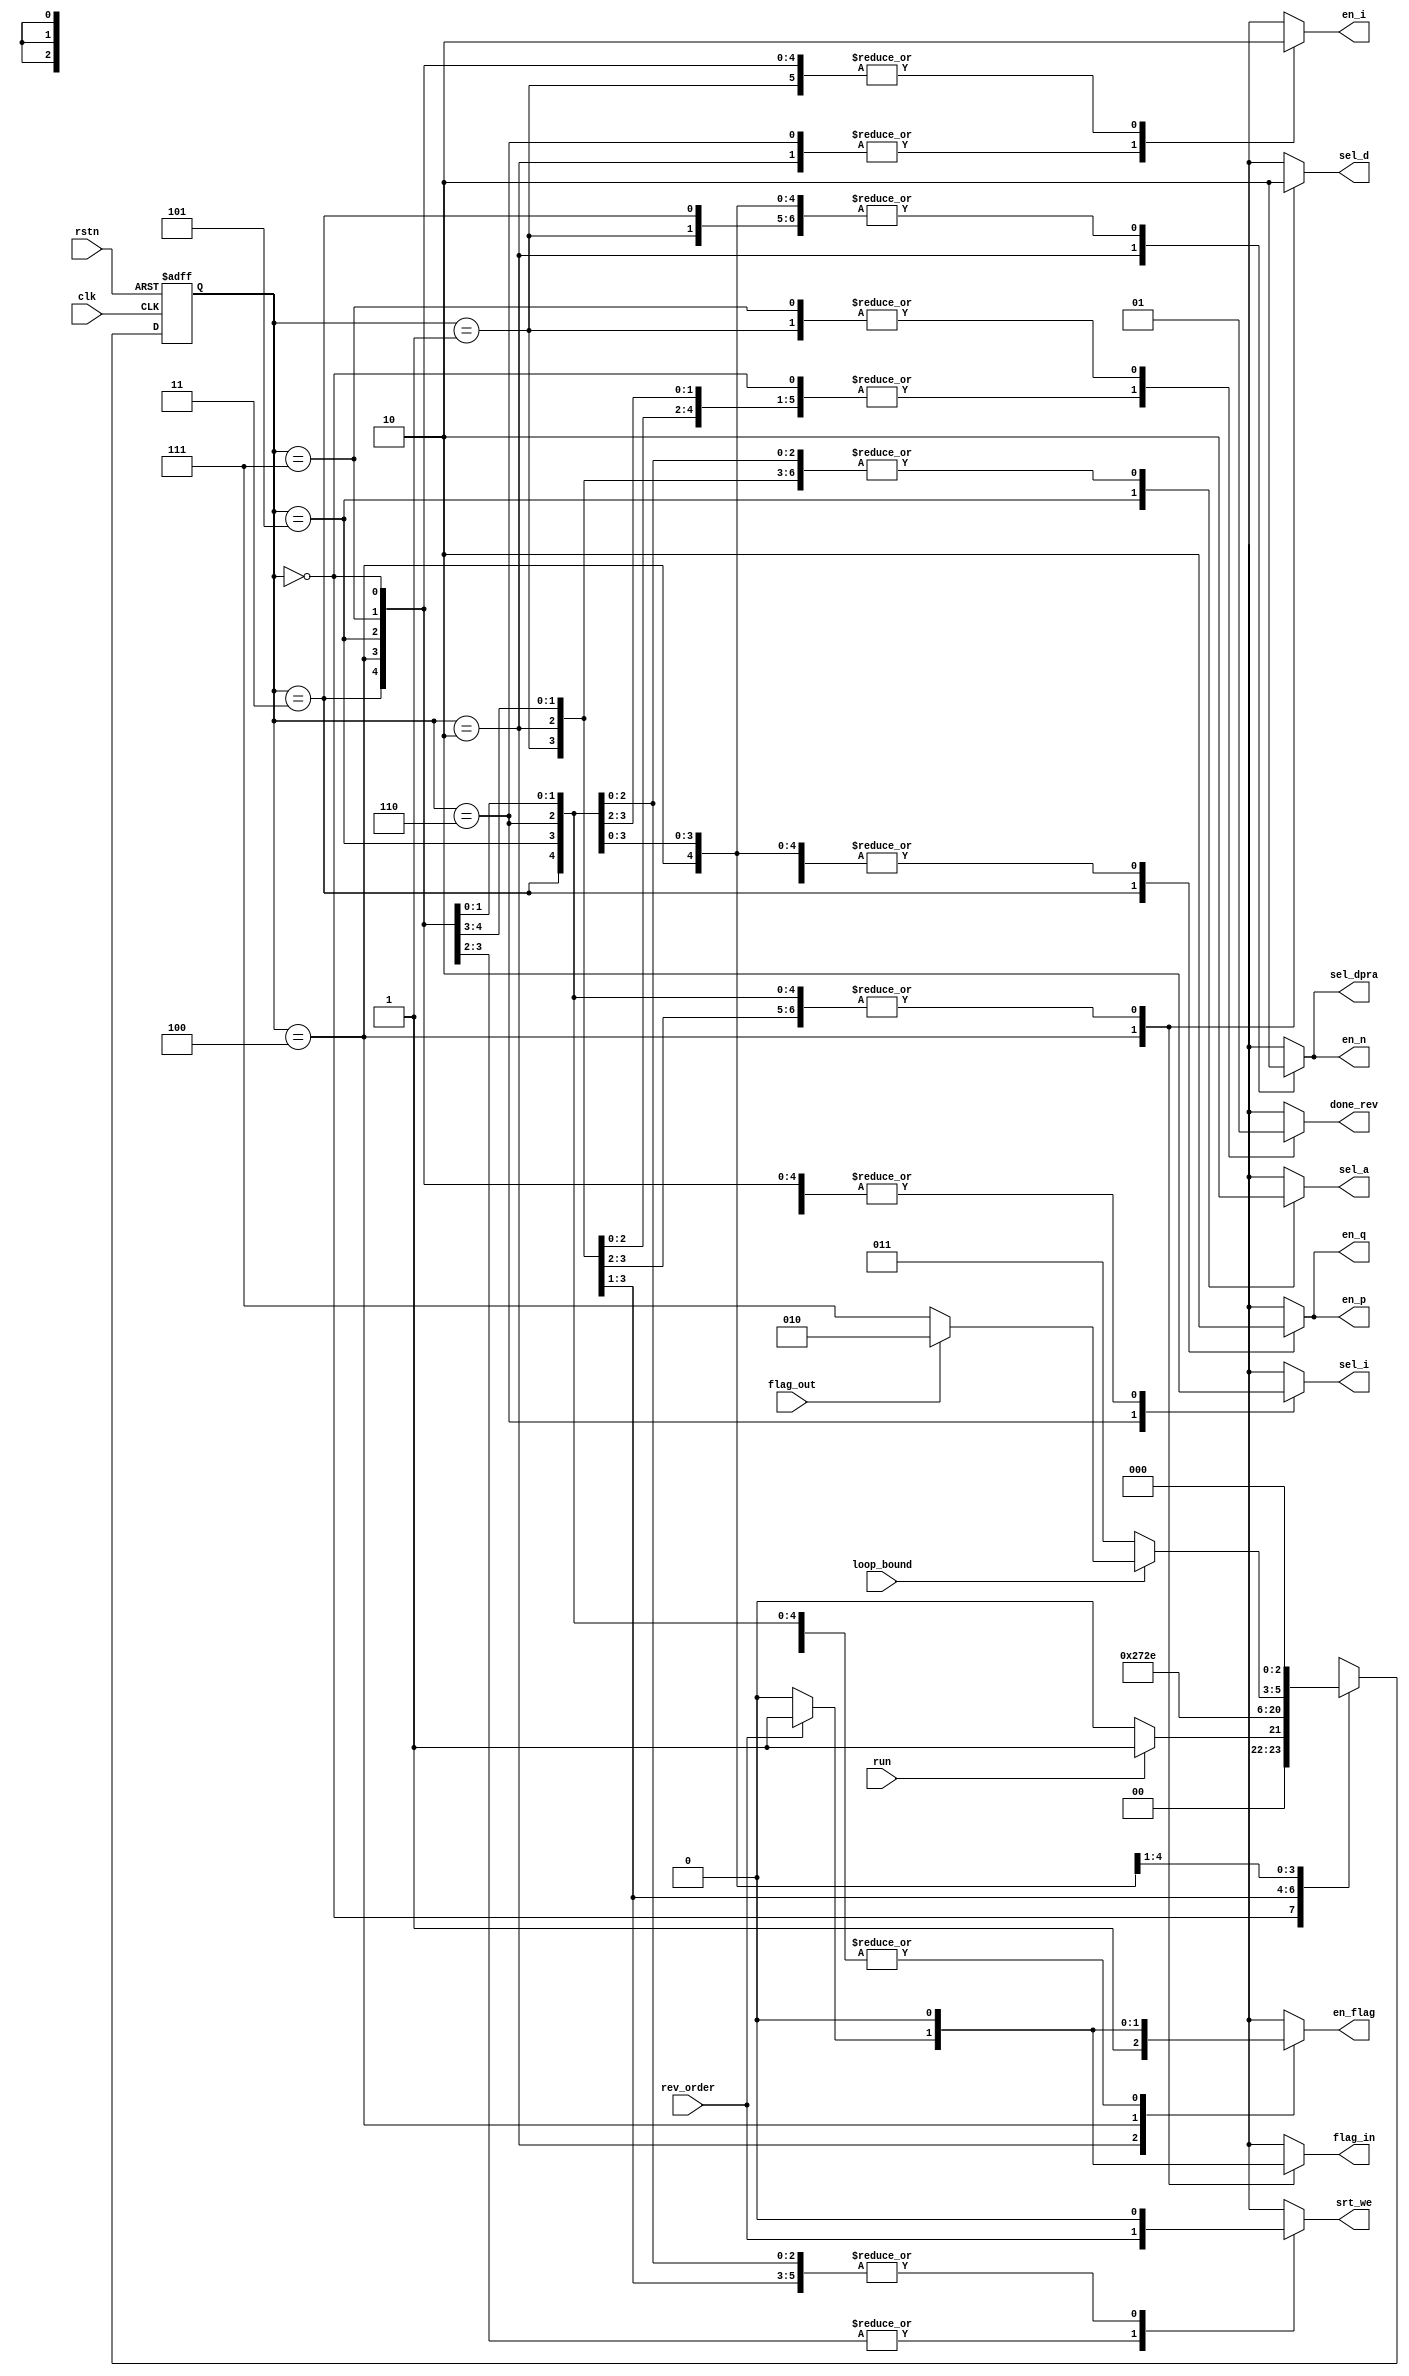
`timescale 1ns / 1ps
//////////////////////////////////////////////////////////////////////////////////
// Company: 
// Engineer: 
// 
// Design Name: 
// Module Name: control_unit
// Project Name: 
// Target Devices: 
// Tool Versions: 
// Description: 
// 
// Dependencies:
// 
// Revision:
// Revision 0.01 - File Created
// Additional Comments:
// 
//////////////////////////////////////////////////////////////////////////////////


module control_unit(
    input  clk, rstn, run,
    input  loop_bound, rev_order, flag_out,
    output reg sel_dpra, en_n,
    output reg en_flag, flag_in,
    output reg en_i, sel_i,
    output reg sel_a,
    output reg en_p, en_q,
    output reg sel_d,
    output reg srt_we,
    output reg done_rev
    );

    reg [2:0] cs, ns;

    parameter S0 = 3'd0, S1 = 3'd1, S2 = 3'd2, S3 = 3'd3, S4 = 3'd4, S5 = 3'd5, S6 = 3'd6, S7 = 3'd7;

    always @(posedge clk, negedge rstn) begin
        if (!rstn) cs <= S0;
        else cs <= ns;
    end

    always @(*) begin
        ns = cs;
        sel_dpra = 0; en_n = 0;
        en_flag = 0; flag_in = 0;
        en_i = 0; sel_i = 0;
        sel_a = 0;
        en_p = 0; en_q = 0;
        sel_d = 0;
        srt_we = 0;
        done_rev = 0;
        case (cs) 
            S0: begin
                if (run) begin
                    ns = S1;
                end
                else ns = S0;
            end

            S1: begin
                done_rev = 1;
                ns = S2;
            end

            S2: begin
                en_flag = 1; flag_in = 0;
                en_i = 1; sel_i = 0;    // i = 1
                sel_dpra = 1; en_n = 1; // n = mem[0]
                ns = S3;
            end

            S3: begin
                sel_a = 0; sel_dpra = 0; // i and i + 1
                en_p = 1; en_q = 1;
                ns = S4;
            end

            S4: begin
                if (rev_order) begin
                    en_flag = 1; flag_in = 1;
                end
                sel_a = 0; sel_d = 1; // mem[i] = q
                srt_we = rev_order;
                ns = S5;
            end

            S5: begin
                sel_a = 1; sel_d = 0; // mem[i + 1] = p
                srt_we = rev_order;
                ns = S6;
            end

            S6: begin
                en_i = 1; sel_i = 1;
                if (loop_bound) begin
                    if (flag_out) ns = S2;
                    else ns = S7;
                end
                else ns = S3;
            end

            S7: begin
                done_rev = 1;
                ns = S0;
            end
        endcase
    end
endmodule